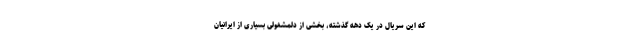
که این سریال در یک دهه گذشته، بخشی از دلمشغولی بسیاری از ایرانیان